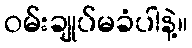
ဝမ်းချုပ်မခံပါနဲ့။